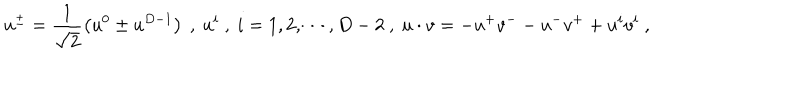
u ^ { \pm } = \frac { 1 } { \sqrt { 2 } } \left( u ^ { 0 } \pm u ^ { D - 1 } \right) \ , \ u ^ { i } \ , \ i = 1 , 2 , \cdots , D - 2 \ , \ u \cdot v = - u ^ { + } v ^ { -- } u ^ { - } v ^ { + } + u ^ { i } v ^ { i } \ ,